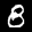
Label: 8